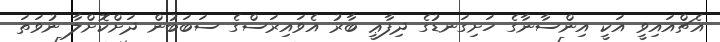
އެޗްއައިވީ އަކީ އިންސާނާގެ ހަށިގަނޑުގެ ދިފާޢީ ބާރު އެވައިރަސްގެ ސަބަބުން ދަށްކޮށްލާ ނުވަތަ